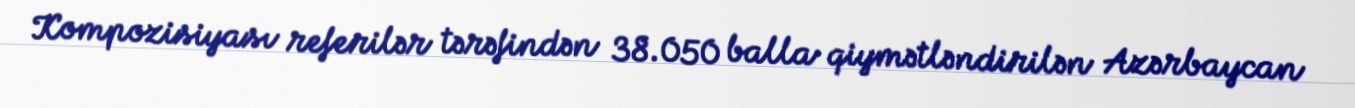
Kompozisiyası referilər tərəfindən 38.050 balla qiymətləndirilən Azərbaycan